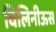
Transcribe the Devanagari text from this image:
विलिनीऊस